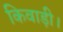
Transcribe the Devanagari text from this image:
किवाड़ी।